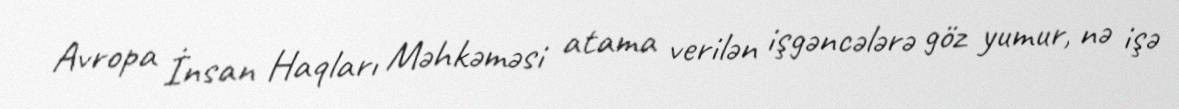
Avropa İnsan Haqları Məhkəməsi atama verilən işgəncələrə göz yumur, nə işə